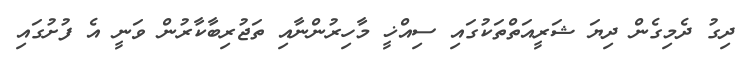
ދިގު ދެމިގެން ދިޔަ ޝަރީއަތްތަކުގައި ސިއްޚީ މާހިރުންނާއި ތަޖުރިބާކާރުން ވަނީ އެ ފުށުގައި